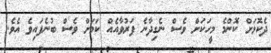
ދެކޮޅަށް ކޮންމެ މީހަކަށް ވެސް ނެގިދާނެ ފަރުވާއެއް ކަމަށް ވެސް ބުނެފައިވެ އެވެ.